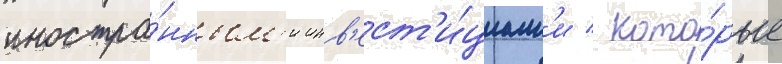
иностра́нным'и инв'ест'и́циам'и / кото́рые